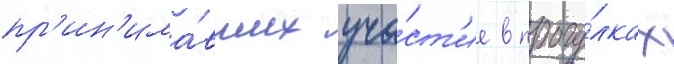
пр'ин'има́вших уча́ст'ие в прогу́лках